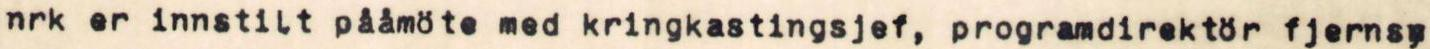
nrk er innstilt pååmöte med kringkastingsjef, programdirektör fjernsy